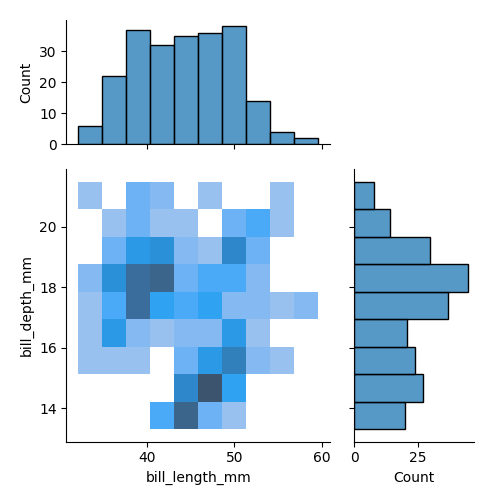
python, seaborn, jointplot, kind='hist', height='5', ratio='2', marginal_ticks='True'